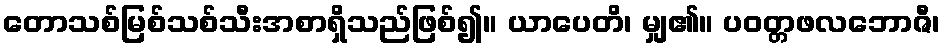
တောသစ်မြစ်သစ်သီးအစာရှိသည်ဖြစ်၍။ ယာပေတိ၊ မျှ၏။ ပဝတ္တဖလဘောဇီ၊